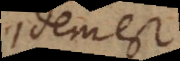
idem est